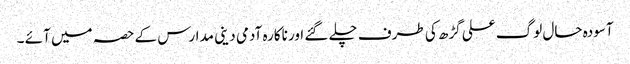
آسودہ حال لوگ علی گڑھ کی طرف چلے گئے اور ناکارہ آدمی دینی مدارس کے حصہ میں آئے ۔